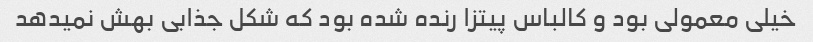
خیلی معمولی بود و کالباس پیتزا رنده شده بود که شکل جذابی بهش نمیدهد